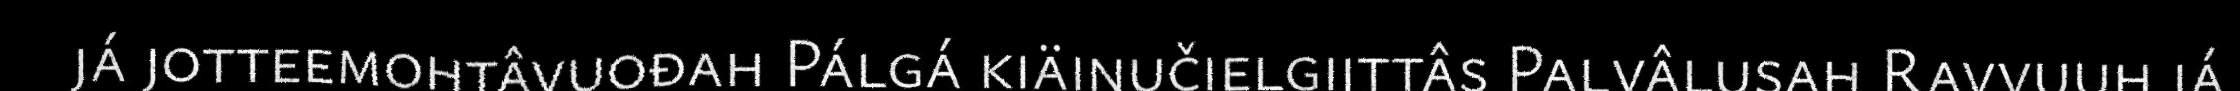
já jotteemohtâvuođah Pálgá kiäinučielgiittâs Palvâlusah Ravvuuh já